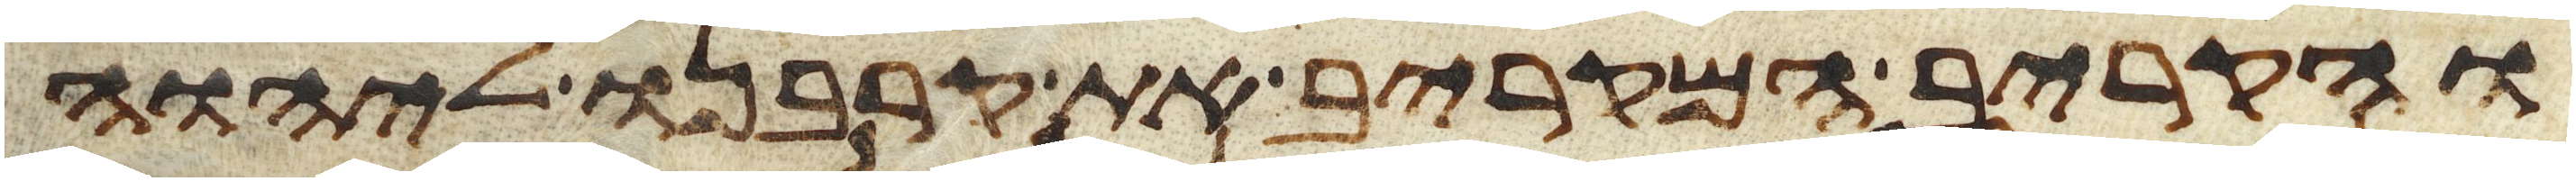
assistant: והקריב המקריב את קרבנו ליהוה